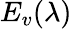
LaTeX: E_{v}(\lambda)